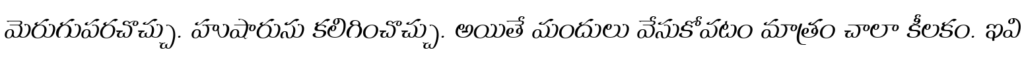
మెరుగుపరచొచ్చు. హుషారును కలిగించొచ్చు. అయితే మందులు వేసుకోవటం మాత్రం చాలా కీలకం. ఇవి